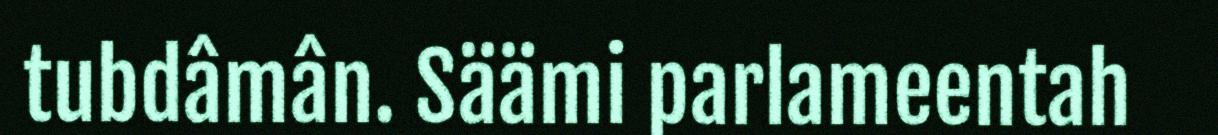
tubdâmân. Säämi parlameentah